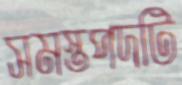
সমস্তপদটি